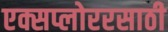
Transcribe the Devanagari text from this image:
एक्सप्लोररसाठी